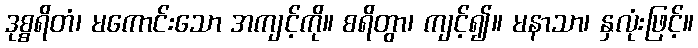
ဒုစ္စရိတံ၊ မကောင်းသော အကျင့်ကို။ စရိတွာ၊ ကျင့်၍။ မနာသာ၊ နှလုံးဖြင့်။